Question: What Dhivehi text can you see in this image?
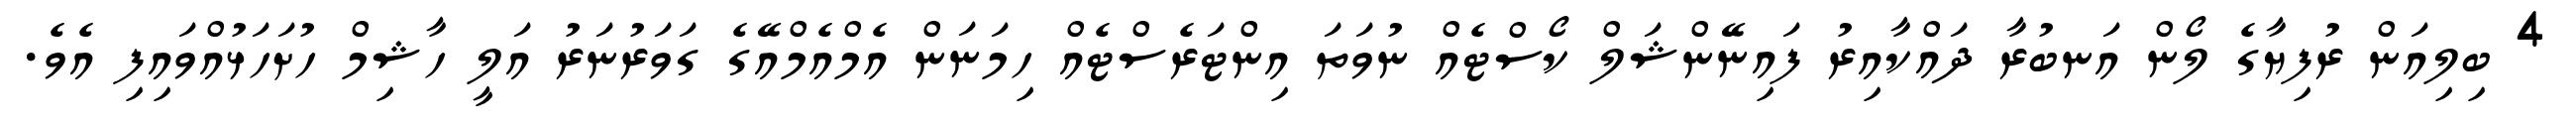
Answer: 4 ބިލިއަން ރުފިޔާގެ ލޯން އަނބުރާ ދައްކާއިރު ފައިނޭންޝަލް ކޯސްޓެއް ނުވަތަ އިންޓަރެސްޓެއް ހިމަނަން އެމްއެމްއޭގެ ގަވަރުނަރު އަލީ ހާޝިމް ހުށަހަޅުއްވައިފި އެވެ.